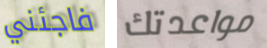
فاجئني مواعدتك